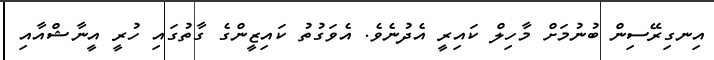
އިނގިރޭސިން ބުނުމަށް މާހިލް ކައިރީ އެދުނެވެ. އެވަގުތު ކައިޒީންގެ ގާތުގައި ހުރީ އީނާޝްއާއި